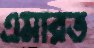
এমারত